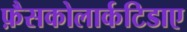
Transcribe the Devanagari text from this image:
फ़ैसकोलार्कटिडाए